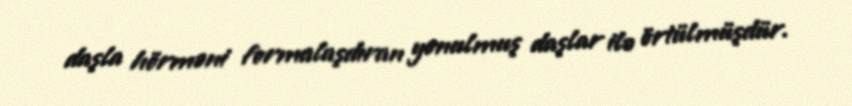
daşla hörməni formalaşdıran yonulmuş daşlar ilə örtülmüşdür.